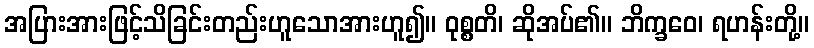
အပြားအားဖြင့်သိခြင်းတည်းဟူသောအားဟူ၍။ ဝုစ္စတိ၊ ဆိုအပ်၏။ ဘိက္ခဝေ၊ ရဟန်းတို့။